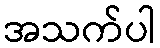
အသက်ပါ